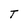
Character: T